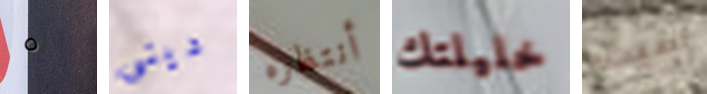
٥ دينى أنتظره خليلتك أصبت